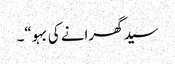
سید گھرانے کی بہو“۔